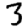
Digit: 3